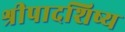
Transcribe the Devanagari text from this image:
श्रीपादशिष्य